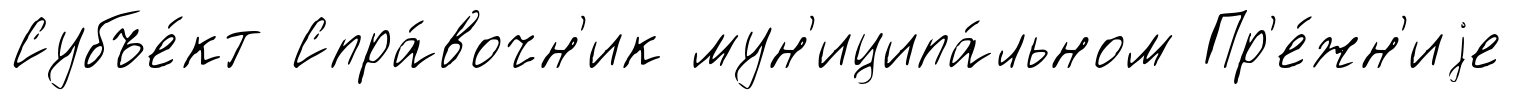
Субъе́кт Спра́вочн'ик мун'иципа́льном Пр'е́жн'иjе